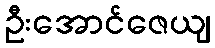
ဦးအောင်ဇေယျ